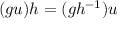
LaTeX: ( g u ) h = ( g h ^ { - 1 } ) u